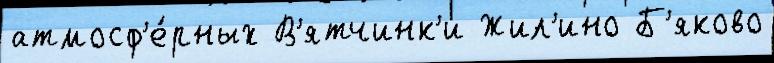
атмосф'е́рных В'ятчинк'и Жил'ино Б'яково